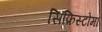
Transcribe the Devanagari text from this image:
सिफ़िस्टोमा